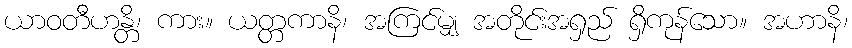
ယာဝတီဟန္တိ၊ ကား။ ယတ္တကာနိ၊ အကြင်မျှ အတိုင်းအရှည် ရှိကုန်သော။ အဟာနိ၊